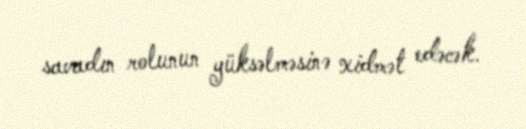
savadın rolunun yüksəlməsinə xidmət edəcək.